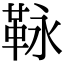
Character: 𩊍